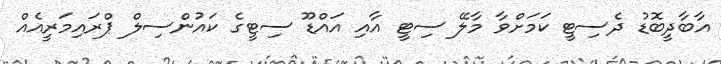
އާބާދީބޮޑު ދެސިޓީ ކަމަށްވާ މާލޭ ސިޓީ އާއި އައްޑޫ ސިޓީގެ ކައުންސިލް ޕްރައިމަރީއެއް